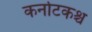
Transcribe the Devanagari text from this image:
कर्नाटकश्च